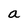
Character: a